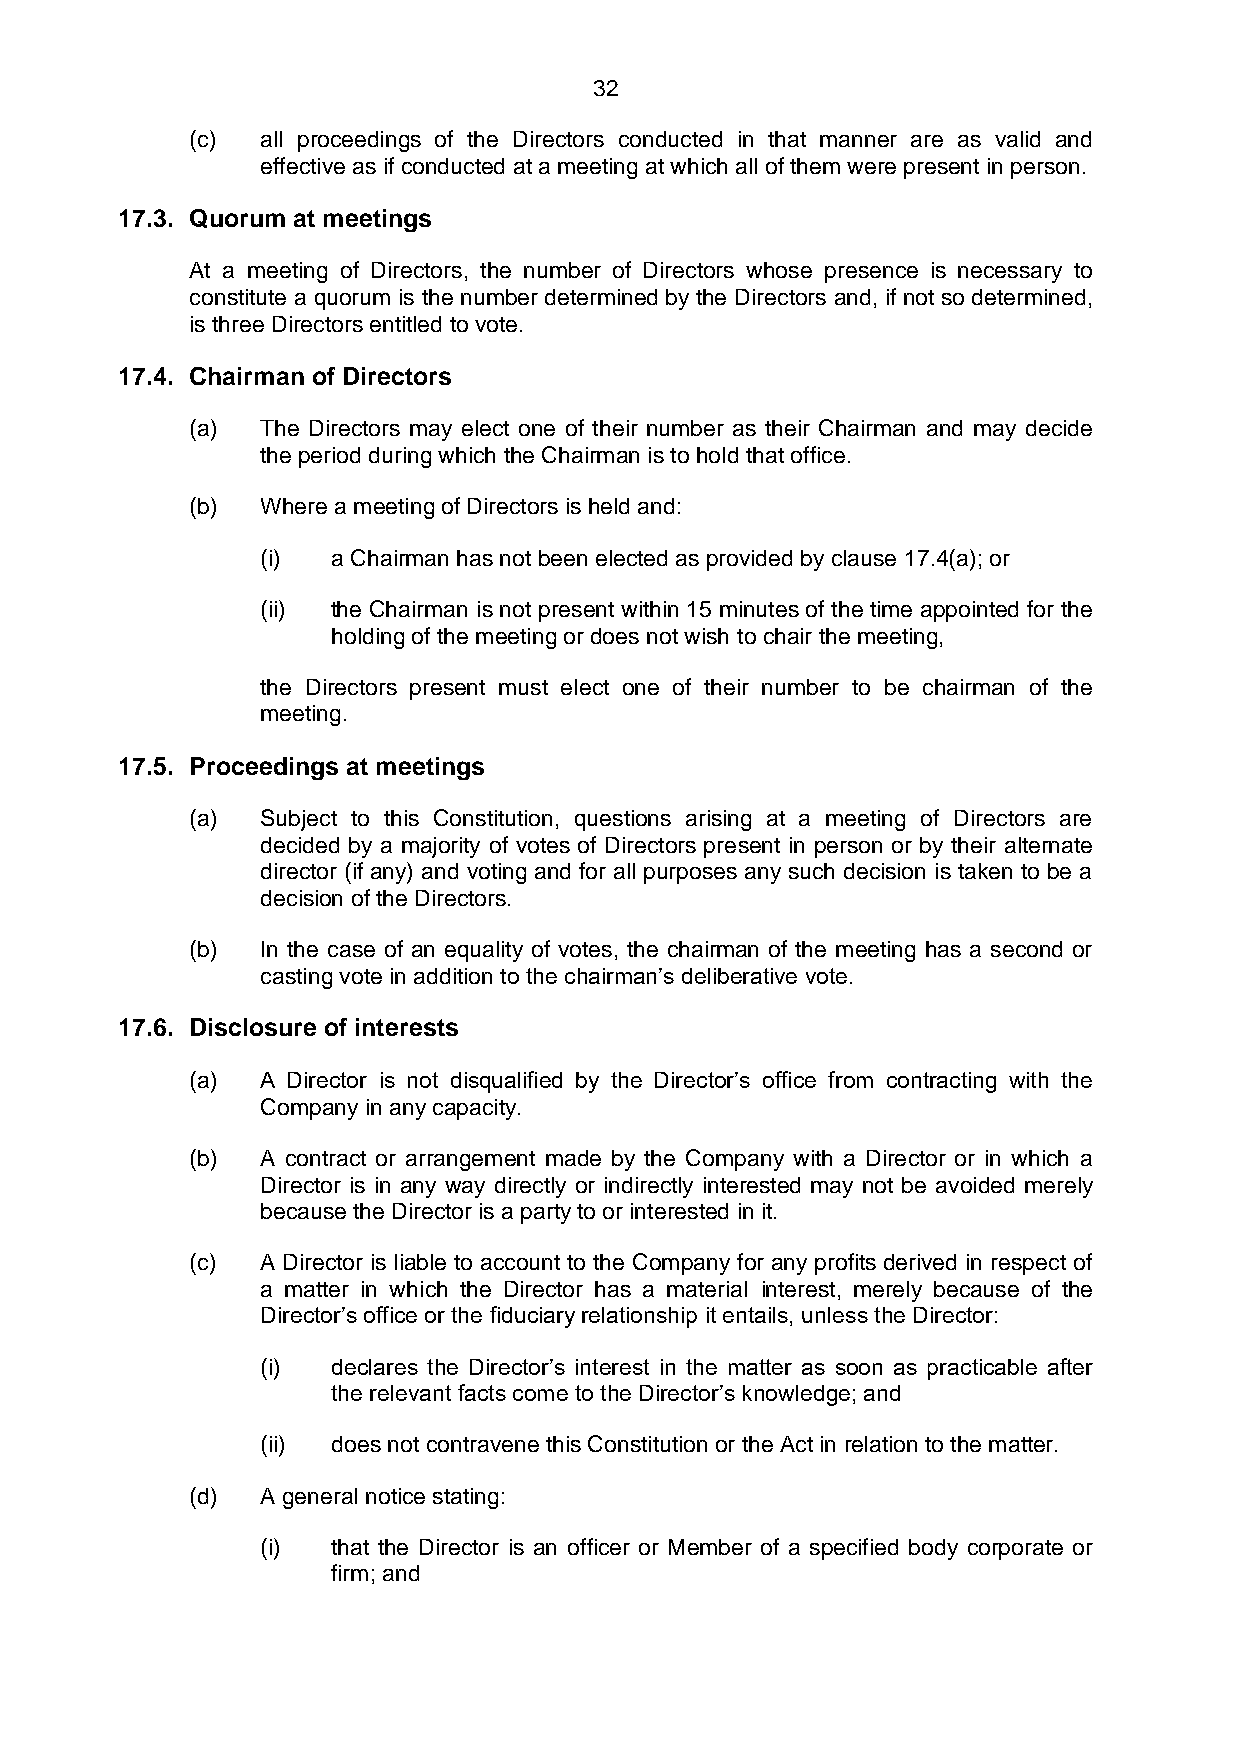
32
 (c) all proceedings of the Directors conducted in that manner are as valid and
 effective as if conducted at a meeting at which all of them were present in person.
 17.3. Quorum at meetings
 At a meeting of Directors, the number of Directors whose presence is necessary to
 constitute a quorum is the number determined by the Directors and, if not so determined,
 is three Directors entitled to vote.
 17.4. Chairman of Directors
 (a) The Directors may elect one of their number as their Chairman and may decide
 the period during which the Chairman is to hold that office.
 (b) Where a meeting of Directors is held and:
 (i)  a Chairman has not been elected as provided by clause 17.4(a); or
 (ii) the Chairman is not present within 15 minutes of the time appointed for the
 holding of the meeting or does not wish to chair the meeting,
 the Directors present must elect one of their number to be chairman of the
 meeting.
 17.5. Proceedings at meetings
 (a) Subject to this Constitution, questions arising at a meeting of Directors are
 decided by a majority of votes of Directors present in person or by their alternate
 director (if any) and voting and for all purposes any such decision is taken to be a
 decision of the Directors.
 (b) In the case of an equality of votes, the chairman of the meeting has a second or
 casting vote in addition to the chairman’s deliberative vote.
 17.6. Disclosure of interests
 (a) A Director is not disqualified by the Director’s office from contracting with the
 Company in any capacity.
 (b) A contract or arrangement made by the Company with a Director or in which a
 Director is in any way directly or indirectly interested may not be avoided merely
 because the Director is a party to or interested in it.
 (c) A Director is liable to account to the Company for any profits derived in respect of
 a matter in which the Director has a material interest, merely because of the
 Director’s office or the fiduciary relationship it entails, unless the Director:
 (i)  declares the Director’s interest in the matter as soon as practicable after
 the relevant facts come to the Director’s knowledge; and
 (ii) does not contravene this Constitution or the Act in relation to the matter.
 (d) A general notice stating:
 (i)  that the Director is an officer or Member of a specified body corporate or
 firm; and